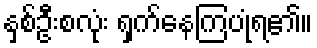
နှစ်ဦးစလုံး ရှက်နေကြပုံရ၏။